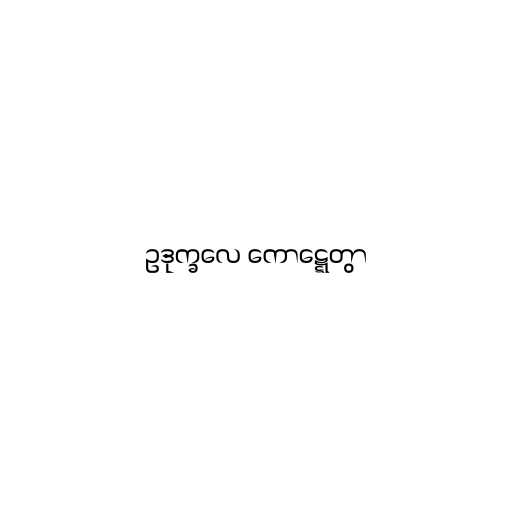
ဥဒုက္ခလေ ကောဋ္ဋေတွာ